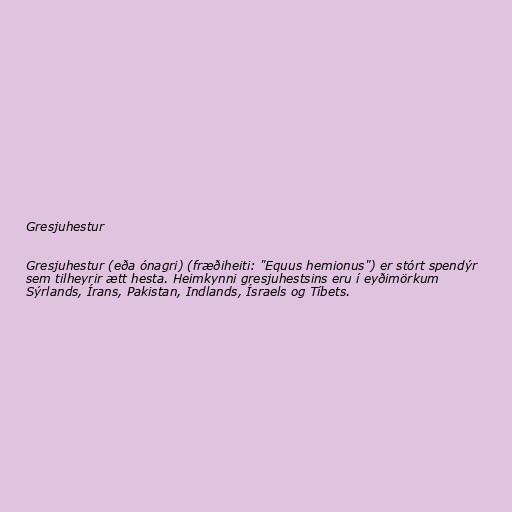
Gresjuhestur

Gresjuhestur (eða ónagri) (fræðiheiti: "Equus hemionus") er stórt spendýr
sem tilheyrir ætt hesta. Heimkynni gresjuhestsins eru í eyðimörkum
Sýrlands, Írans, Pakistan, Indlands, Ísraels og Tíbets.